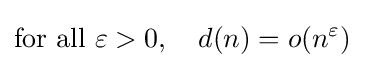
{\mbox{for all }}\varepsilon >0,\quad d(n)=o(n^{\varepsilon })